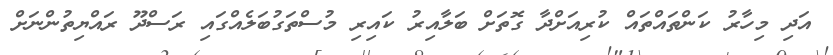
އަދި މިހާރު ކަންތައްތައް ކުރިއަށްދާ ގޮތަށް ބަލާއިރު ކައިރި މުސްތަގުބަލެއްގައި ރަސްދޫ ރައްޔިތުންނަށް